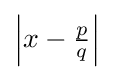
\left|x-{\tfrac {p}{q}}\right|